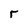
Character: r